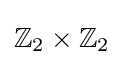
\mathbb {Z} _{2}\times \mathbb {Z} _{2}